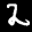
Label: 2